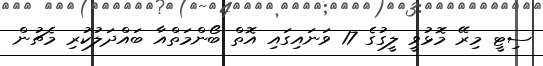
ސިޓީ މިރޭ މޮޅުވީ ލީގުގެ 17 ވަނައިގައި އޮތް ބޯންމަތްއާ ބައްދަލުކުރި މެޗުން